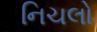
નિચલો